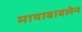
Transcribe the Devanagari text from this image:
मायाबाबलेन